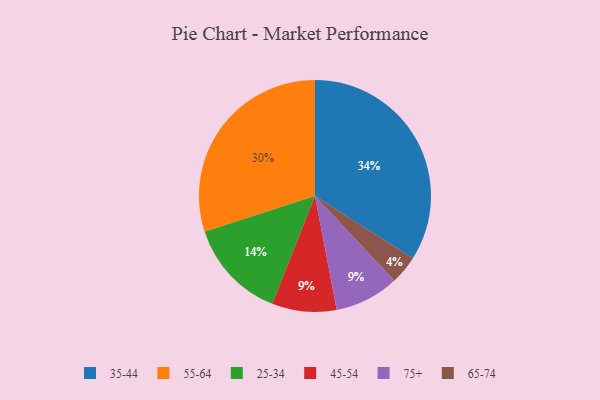
{"axis": {"x": "Category", "y": "Percentage"}, "legend": ["25-34", "35-44", "45-54", "55-64", "65-74", "75+"], "data": [{"x": "35-44", "y": 34, "type": "35-44"}, {"x": "55-64", "y": 30, "type": "55-64"}, {"x": "65-74", "y": 4, "type": "65-74"}, {"x": "25-34", "y": 14, "type": "25-34"}, {"x": "45-54", "y": 9, "type": "45-54"}, {"x": "75+", "y": 9, "type": "75+"}]}